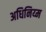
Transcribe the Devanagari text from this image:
अधिनिय्म